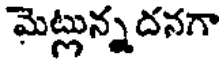
మెట్లున్నదనగా